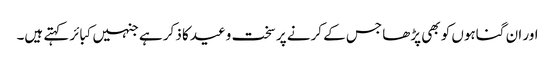
اور ان گناہوں کو بھی پڑھا جس کے کرنے پر سخت وعید کا ذکر ہے جنہیں کبائر کہتے ہیں۔